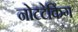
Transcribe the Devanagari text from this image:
नोटटेकिंग